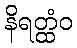
နိရတ္ထံဝ